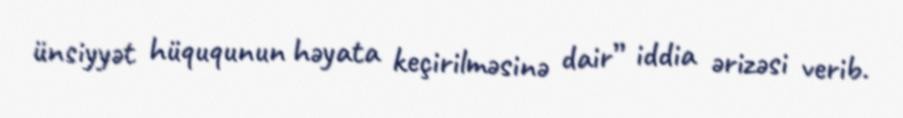
ünsiyyət hüququnun həyata keçirilməsinə dair” iddia ərizəsi verib.